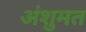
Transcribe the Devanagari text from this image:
अंशुमत